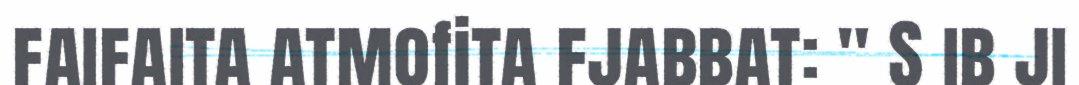
faifaita atmofita fjabbat: " S ib ji